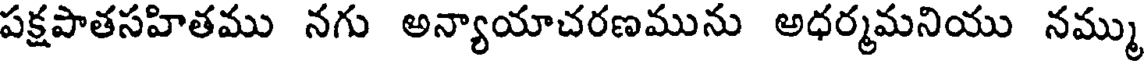
పక్షపాతసహితము నగు అన్యాయాచరణమును అధర్మమనియు నమ్ము